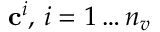
\mathbf { c } ^ { i } , \, i = 1 \ldots n _ { v }